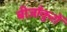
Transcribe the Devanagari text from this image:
बीजाँकुरों